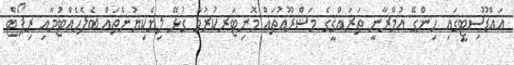
އައްޑޫސިޓީގައި ހިންގޭ ޢުމްރާނީ ތަރައްޤީގެ މަޝްރޫޢުތައް މޮނިޓަރކުރުމާ ގުޅޭ ލިޔެކިޔުންތައް ބެލެހެއްޓުމާއި ރިޕޯޓް